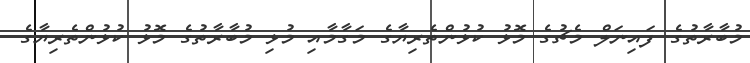
މުބާރާތުގެ ފައިނަލް މެޗުގެ މޮޅު ކުޅުންތެރިޔާގެ މަގާމާއި މުޅި މުބާރާތުގެ މޮޅު ކުޅުންތެރިޔާގެ